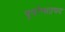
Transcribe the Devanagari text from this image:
पूर्वाभाद्रपद